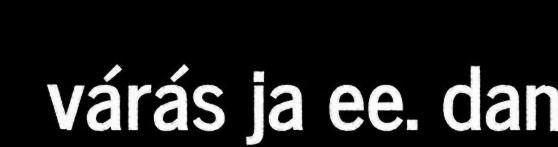
várás ja ee. dan